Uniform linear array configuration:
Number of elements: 8
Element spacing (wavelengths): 1
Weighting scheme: blackman
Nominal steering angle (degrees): -30
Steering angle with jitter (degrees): -29.044
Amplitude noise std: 0.05
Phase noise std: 0.05

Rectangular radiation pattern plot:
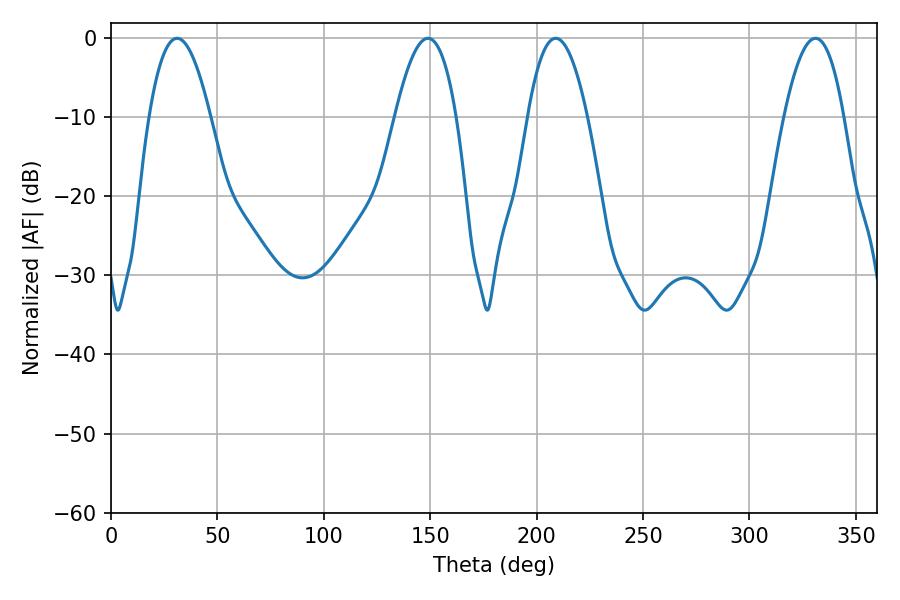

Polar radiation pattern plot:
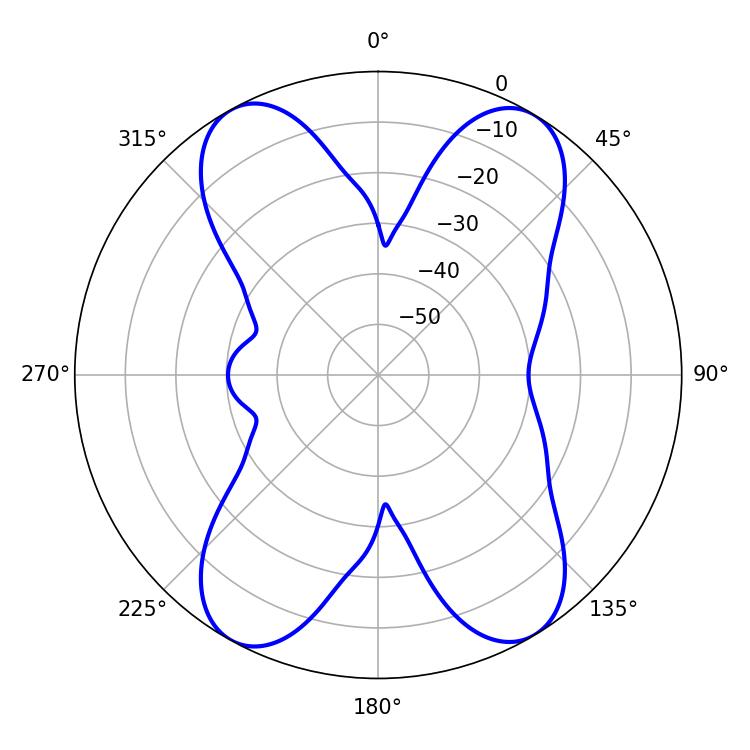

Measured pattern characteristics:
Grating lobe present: TRUE
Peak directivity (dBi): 17.992
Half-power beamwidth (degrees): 15.48
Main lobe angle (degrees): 208.98